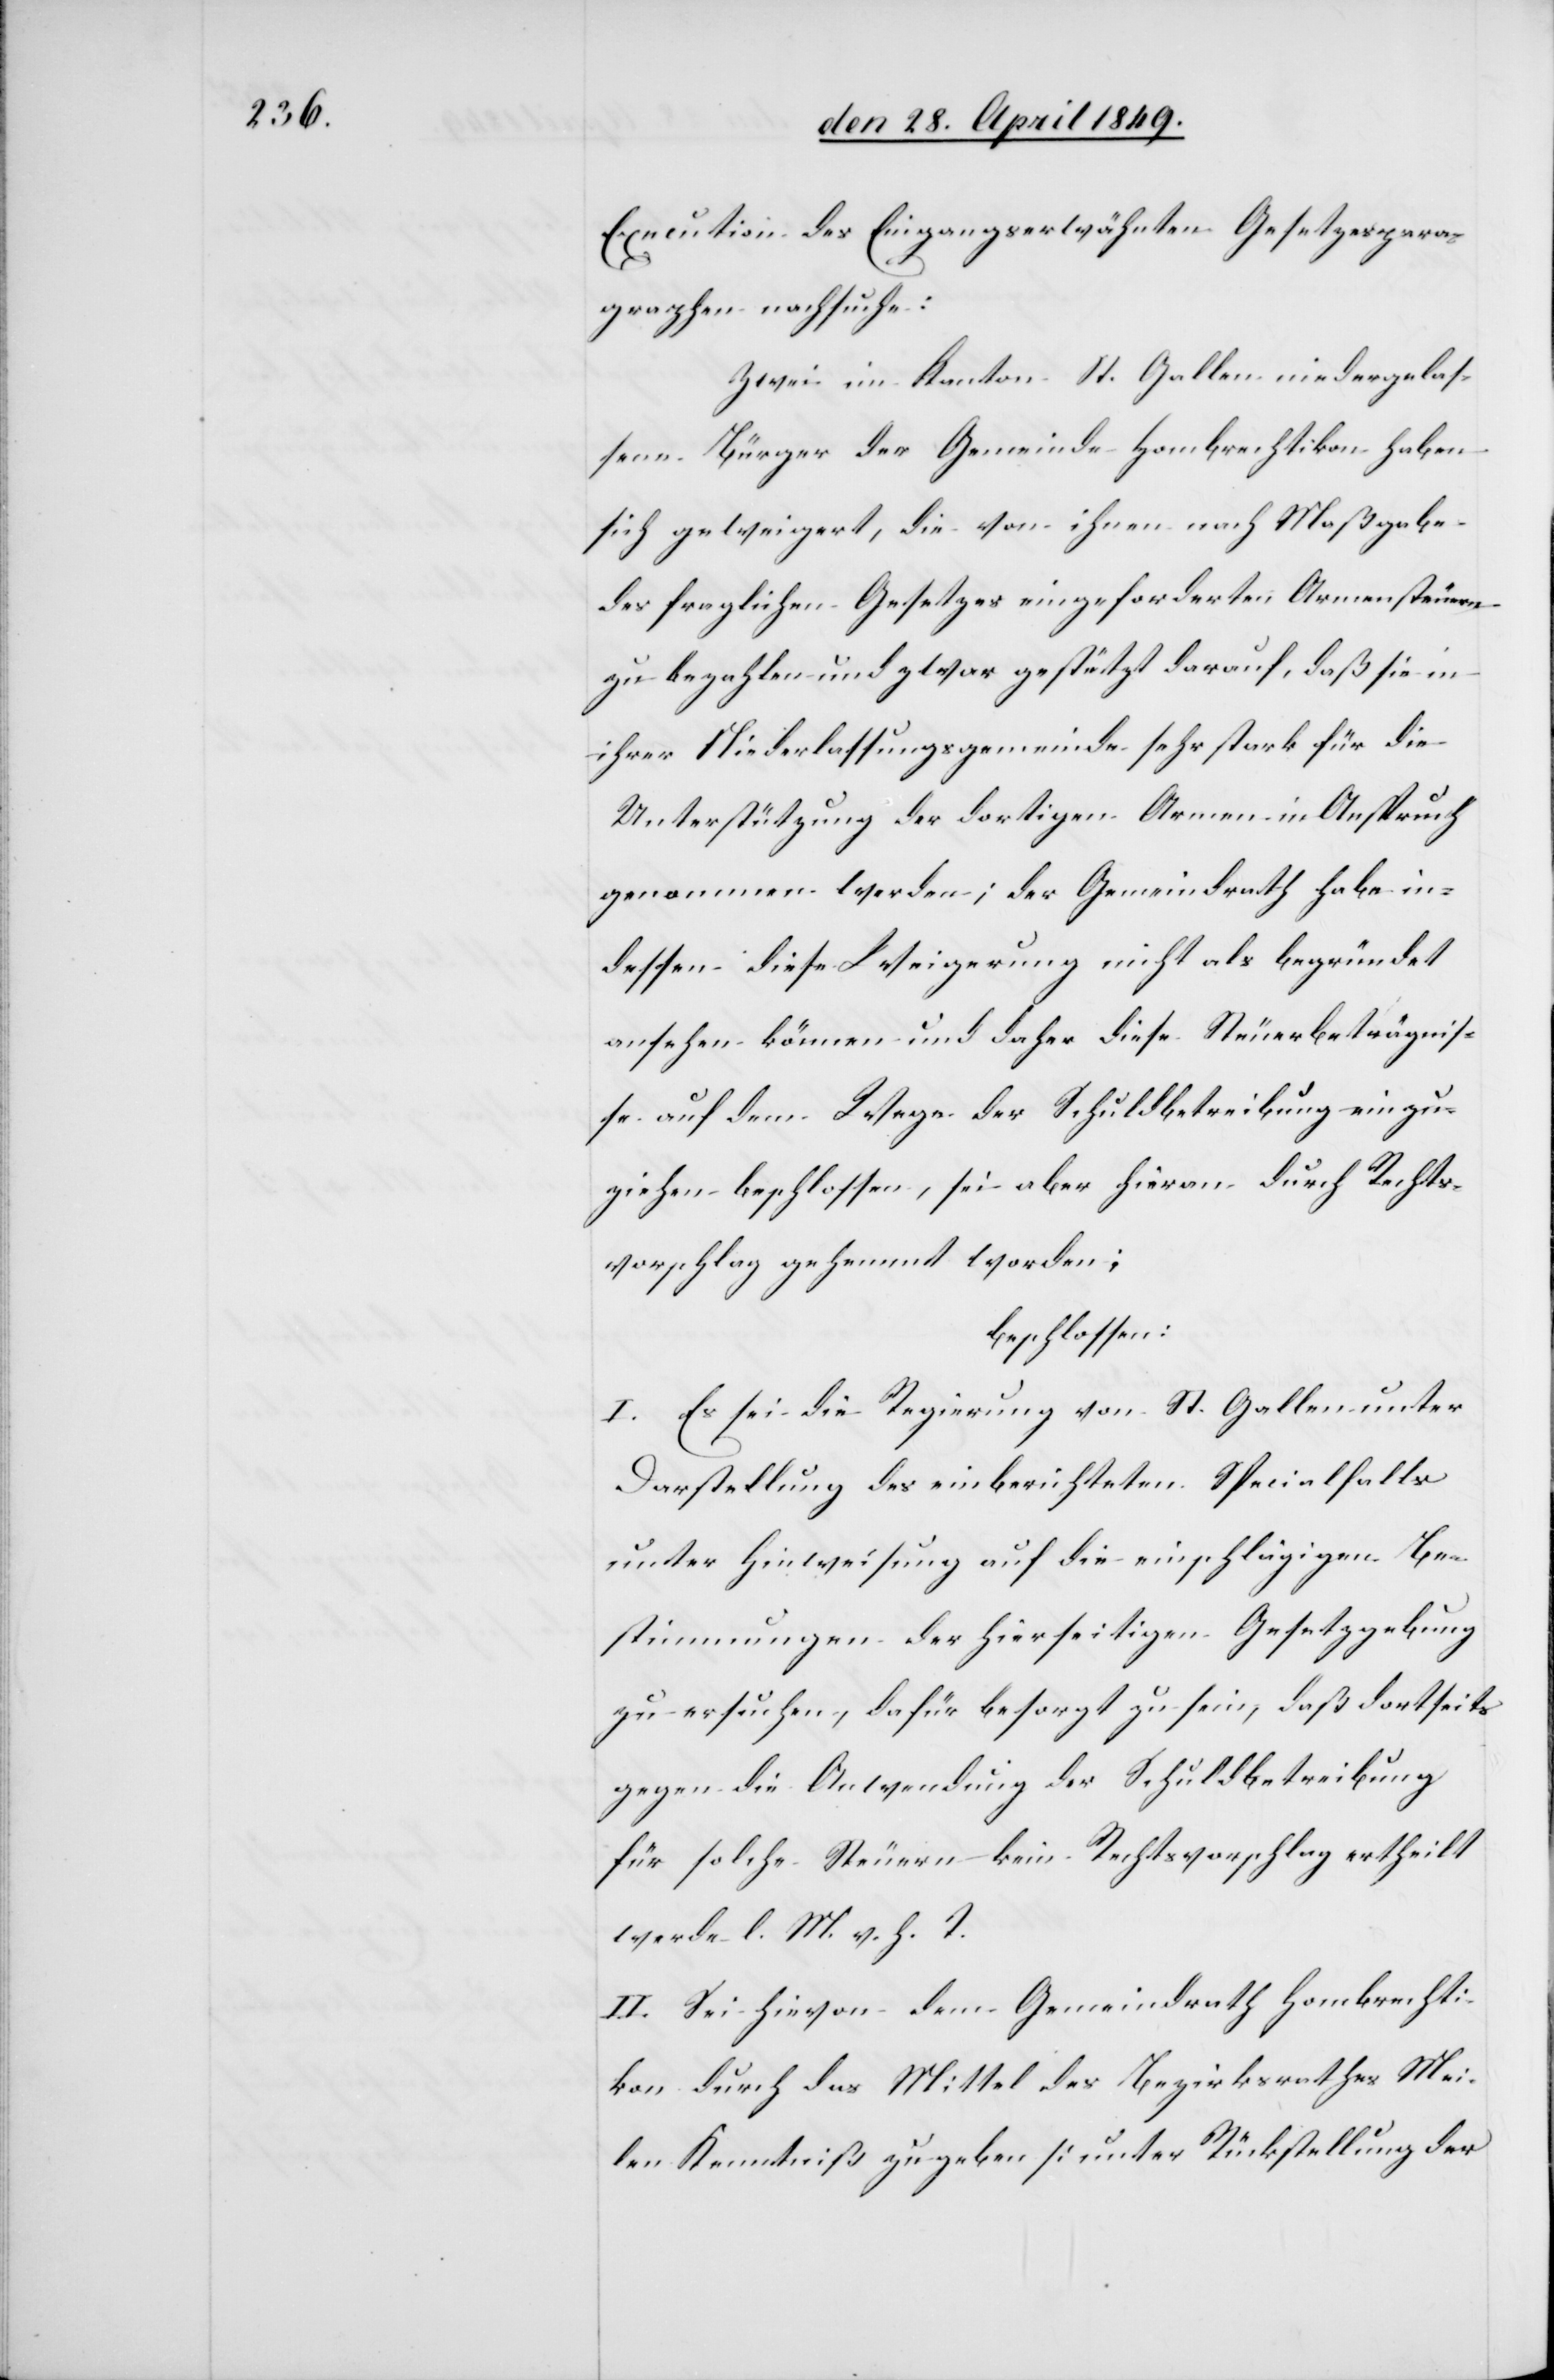
Execution des Eingangserwähnten Gesetzespara¬
graphen nachsuche:
Zwei im Kanton St. Gallen niedergelas¬
sene Bürger der Gemeinde Hombrechtikon haben
sich geweigert, die von ihnen nach Maßgabe
des fraglichen Gesetzes eingeforderten Armensteuern
zu bezahlen und zwar gestützt darauf, daß sie in
ihrer Niederlassungsgemeinde sehr stark für die
Unterstützung der dortigen Armen in Anspruch
genommen werden; der Gemeindrath habe in¬
dessen diese Weigerung nicht als begründet
ansehen können und daher diese Steuerbeträgnis¬
se auf dem Wege der Schuldbetreibung einzu¬
ziehen beschlossen, sei aber hiervon durch Rechts¬
vorschlag gehemmt worden:
beschlossen:
I. Es sei die Regierung von St. Gallen unter
Darstellung des einberichteten Specialfalls
unter Hinweisung auf die einschlägigen Be¬
stimmungen der hierseitigen Gesetzgebung
zu ersuchen, dafür besorgt zu sein, daß dortseits
gegen die Anwendung der Schuldbetreibung
für solche Steuern kein Rechtsvorschlag ertheilt
werde l. M. v. h. T.
II. Sei hievon dem Gemeindrath Hombrechti¬
kon durch das Mittel des Bezirksrathes Mei¬
len Kenntniß zu geben [unter Rückstellung der